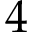
4